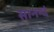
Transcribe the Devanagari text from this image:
सानन्दं